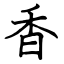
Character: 香